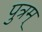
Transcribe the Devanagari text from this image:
पुत्रम्‌